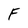
Character: F